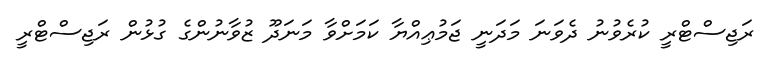
ރަޖިސްޓްރީ ކުރެވުނު ދެވަނަ މަދަނީ ޖަމުޢިއްޔާ ކަމަށްވާ މަނަދޫ ޒުވާނުންގެ ގުޅުން ރަޖިސްޓްރީ